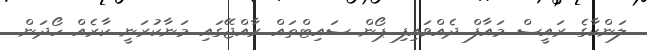
ލަންކާގެ ރައީސް މައާފް ދެއްވައިފި ޕޯން ސައިޓްތައް ރާއްޖޭގައި މަނާކުރަނީ ކާރެއް ހޯދަން